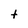
Character: t